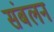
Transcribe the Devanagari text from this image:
संबलन